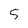
Character: S